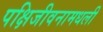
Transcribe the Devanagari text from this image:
पक्षिजीवनामधली